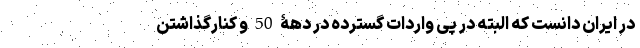
در ایران دانست که البته در پی واردات گسترده در دهۀ 50 و کنارگذاشتن